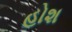
હોશ